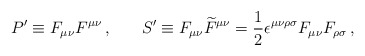
\begin{align*}P'\equiv F_{\mu \nu }F^{\mu \nu }\, ,\medskip \, \ \ \, \ \ \,S'\equiv F_{\mu \nu }\widetilde{F}^{\mu \nu}=\frac{1}{2}\epsilon ^{\mu \nu \rho \sigma }F_{\mu \nu}F_{\rho \sigma }\, , \end{align*}